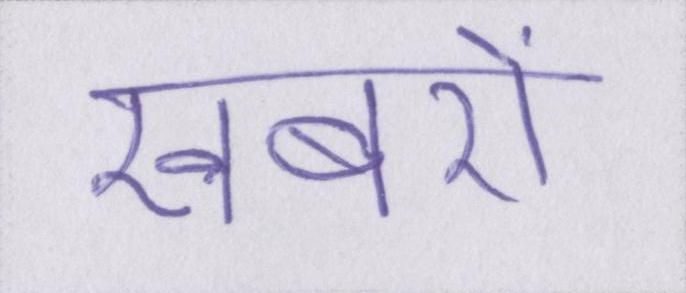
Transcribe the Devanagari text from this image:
खबरों